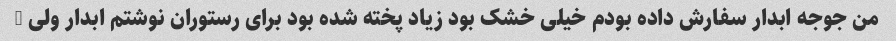
من جوجه ابدار سفارش داده بودم خیلی خشک بود زیاد پخته شده بود برای رستوران نوشتم ابدار ولی …